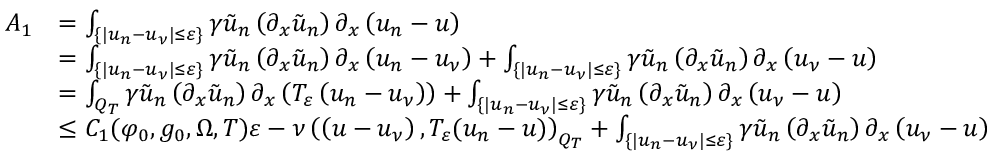
\begin{array} { r l } { A _ { 1 } } & { = \int _ { \{ | u _ { n } - u _ { \nu } | \leq \varepsilon \} } \gamma \tilde { u } _ { n } \left( \partial _ { x } \tilde { u } _ { n } \right) \partial _ { x } \left( u _ { n } - u \right) } \\ & { = \int _ { \{ | u _ { n } - u _ { \nu } | \leq \varepsilon \} } \gamma \tilde { u } _ { n } \left( \partial _ { x } \tilde { u } _ { n } \right) \partial _ { x } \left( u _ { n } - u _ { \nu } \right) + \int _ { \{ | u _ { n } - u _ { \nu } | \leq \varepsilon \} } \gamma \tilde { u } _ { n } \left( \partial _ { x } \tilde { u } _ { n } \right) \partial _ { x } \left( u _ { \nu } - u \right) } \\ & { = \int _ { Q _ { T } } \gamma \tilde { u } _ { n } \left( \partial _ { x } \tilde { u } _ { n } \right) \partial _ { x } \left( T _ { \varepsilon } \left( u _ { n } - u _ { \nu } \right) \right) + \int _ { \{ | u _ { n } - u _ { \nu } | \leq \varepsilon \} } \gamma \tilde { u } _ { n } \left( \partial _ { x } \tilde { u } _ { n } \right) \partial _ { x } \left( u _ { \nu } - u \right) } \\ & { \leq C _ { 1 } ( \varphi _ { 0 } , g _ { 0 } , \Omega , T ) \varepsilon - \nu \left( \left( u - u _ { \nu } \right) , T _ { \varepsilon } ( u _ { n } - u ) \right) _ { Q _ { T } } + \int _ { \{ | u _ { n } - u _ { \nu } | \leq \varepsilon \} } \gamma \tilde { u } _ { n } \left( \partial _ { x } \tilde { u } _ { n } \right) \partial _ { x } \left( u _ { \nu } - u \right) } \end{array}